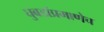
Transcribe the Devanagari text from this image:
घुबडांप्रमाणेच